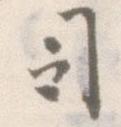
司